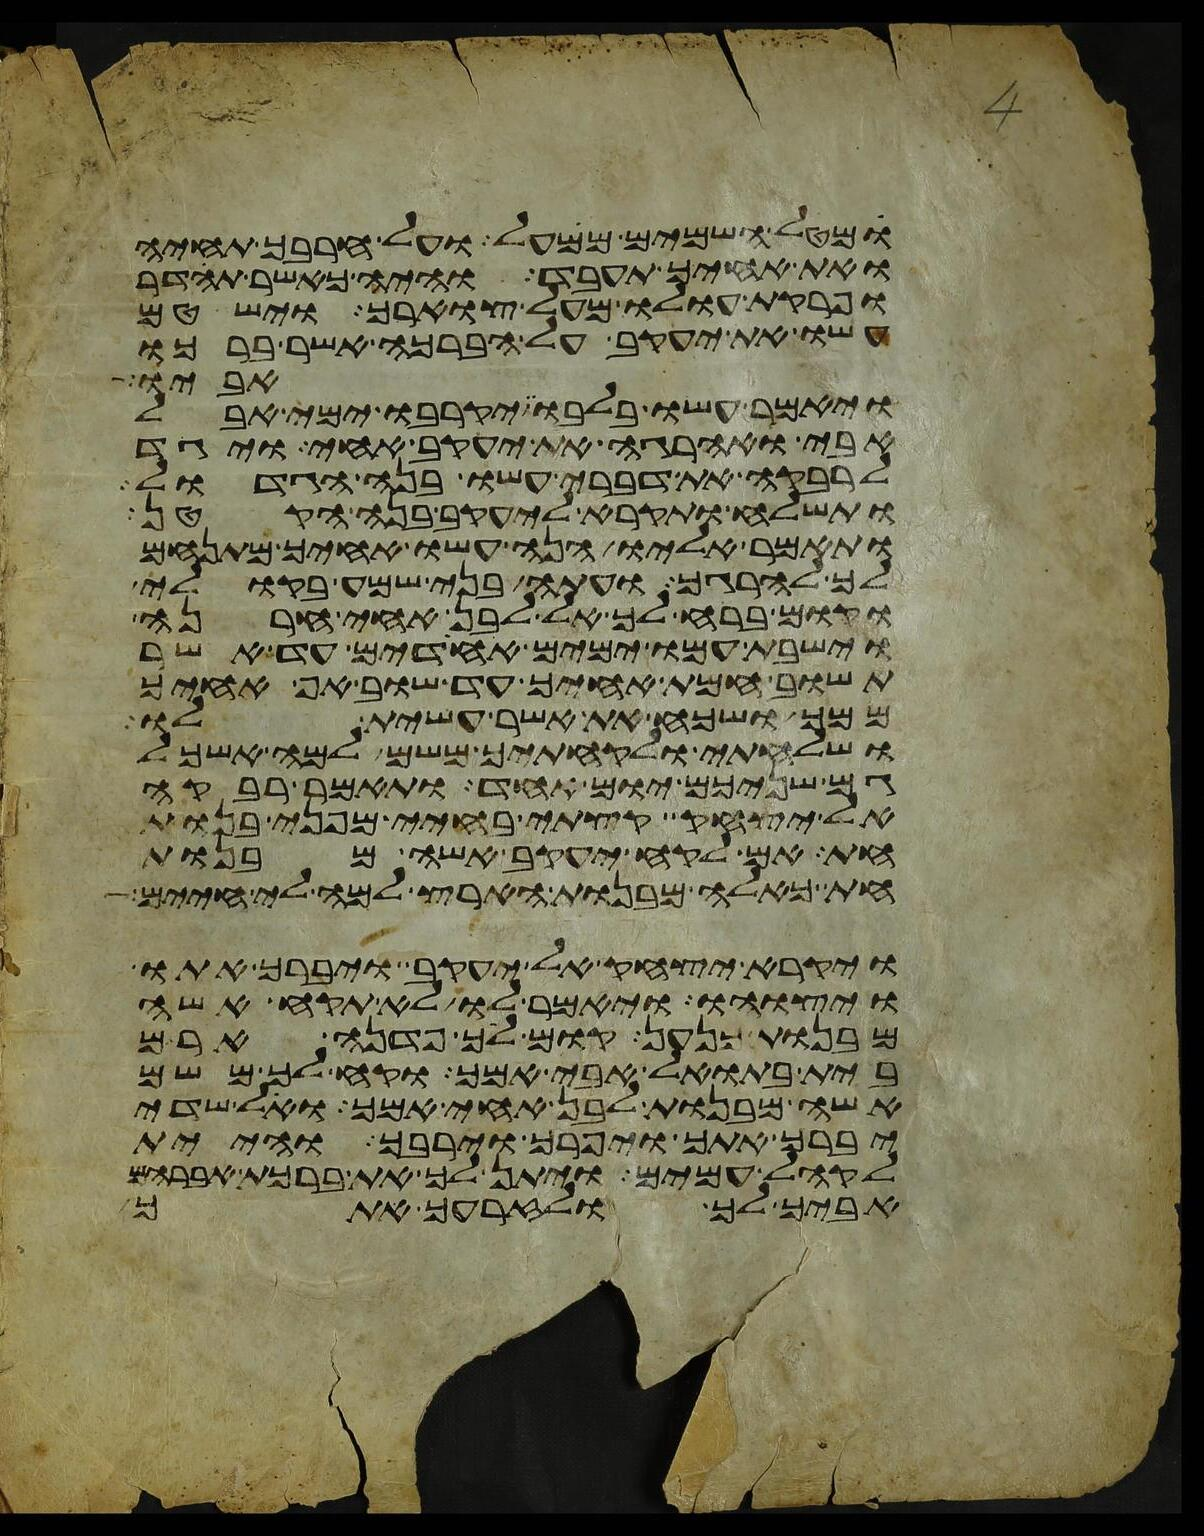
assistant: מטל השמים ממעל ועל חרבך תחיה
ואת אחיך תעבד והיה כאשר תהדר
ופרקת עולו מעל צוארך וישטם
עשו את יעקב על הברכה אשר ברכו
אביו
ויאמר עשו בלבו יקרבו ימי אבל
אבי ואהרגה את יעקב אחי ויגד
לרבקה את דברי עשו בנה הגדול
ותשלח ותקרא ליעקב בנה הקטן
ותאמר אליו הנה עשו אחיך מתנחם
לך להרגך ועתה בני שמע בקולי
וקום ברח לך אל לבן אחי חרנה
וישבת עמו ימים אחדים עד אשר
תשוב חמת אחיך עד שוב אף אחיך
ממך ושכח את אשר עשית לו
ושלחתי ולקחתיך משם למה אשכל
גם שניכם יום אחד ותאמר רבקה
אל יצחק קצתי בחיי מפני בנות
חת אם לקח יעקב אשה מבנות
חת כאלה מבנות הארץ למה לי חיים
ויקרא יצחק אל יעקב ויברך אתו
ויצוהו ויאמר לו לא תקח אשה
מבנות כנען קום לך פדנה ארם
בית בתואל אבי אמך וקח לך משם
אשה מבנות לבן אחי אמך ואל שדי
יברך אתך ויפרך וירבך והיית
לקהל עמים ויתן לך את ברכת אברהם
אביך לך ולזרעך אתך